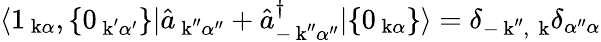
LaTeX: \langle 1_{\mathrm{\mathbf~k}\alpha},\{ 0_{\mathrm{\mathbf~k}^{\prime}\alpha^{\prime}}\} |\hat{a}_{\mathrm{\mathbf~k}^{\prime\prime}\alpha^{\prime\prime}}+\hat{a}_{-\mathrm{\mathbf~k}^{\prime\prime}\alpha^{\prime\prime}}^{\dagger}|\{ 0_{\mathrm{\mathbf~k}\alpha}\} \rangle=\delta_{-\mathrm{\mathbf~k}^{\prime\prime},\, \mathrm{\mathbf~k}}\delta_{\alpha^{\prime\prime}\alpha}